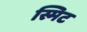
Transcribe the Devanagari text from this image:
स्मिट